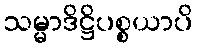
သမ္မာဒိဋ္ဌိပစ္စယာပိ